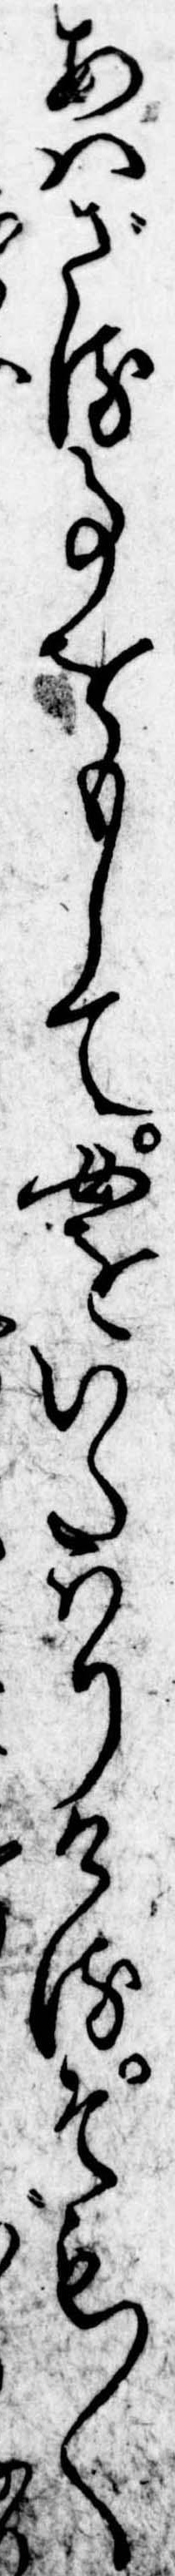
あはざる事をもして女をいたはりけるそも〱